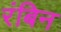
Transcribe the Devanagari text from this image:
रंबिन